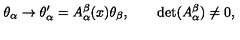
\theta _ { \alpha } \rightarrow \theta _ { \alpha } ^ { \prime } = A _ { \alpha } ^ { \beta } ( x ) \theta _ { \beta } , \qquad \det ( A _ { \alpha } ^ { \beta } ) \neq 0 ,